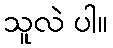
သူလဲ ပါ။